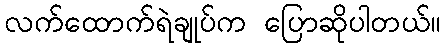
လက်ထောက်ရဲချုပ်က ပြောဆိုပါတယ်။